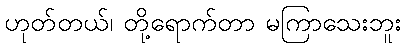
ဟုတ်တယ်၊ တို့ရောက်တာ မကြာသေးဘူး